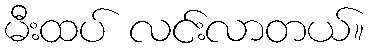
မီးထပ် လင်းလာတယ်။